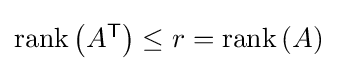
{\textstyle \operatorname {rank} \left(A^{\textsf {T}}\right)\leq r=\operatorname {rank} \left(A\right)}